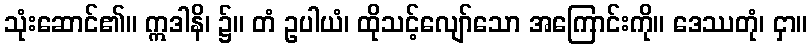
သုံးဆောင်၏။ ဣဒါနိ၊ ၌။ တံ ဥပါယံ၊ ထိုသင့်လျော်သော အကြောင်းကို။ ဒေဿတုံ၊ ငှာ။